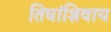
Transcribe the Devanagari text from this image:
तिघांशिवाय